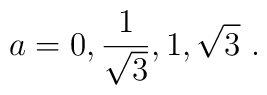
a= 0,{1\over\sqrt{3}},1,\sqrt{3}\ .